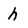
Character: h